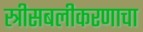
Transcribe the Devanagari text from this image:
स्त्रीसबलीकरणाचा